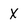
Character: x